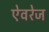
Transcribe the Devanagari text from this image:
ऐवरेज